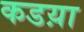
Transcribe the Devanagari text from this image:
कडय़ा